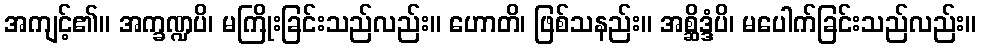
အကျင့်၏။ အက္ခဏ္ဍပိ၊ မကြိုးခြင်းသည်လည်း။ ဟောတိ၊ ဖြစ်သနည်း။ အစ္ဆိဒ္ဒံပိ၊ မပေါက်ခြင်းသည်လည်း။